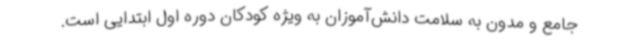
جامع و مدون به سلامت دانش‌آموزان به ویژه کودکان دوره اول ابتدایی است.